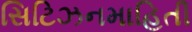
સિટિઝનમાહિતી